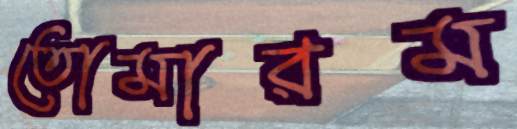
তোমারম